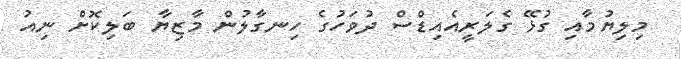
މިލިޔުމާއި ގުޅޭ ގެލަރީއެއިޑްސް ދުވަހުގެ ހިނގާލުން މާޒިޔާ ބަލިކޮށް ނިއު